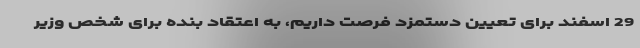
29 اسفند برای تعیین دستمزد فرصت داریم، به اعتقاد بنده برای شخص وزیر